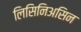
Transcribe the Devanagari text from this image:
लिसिनिअसिन